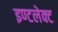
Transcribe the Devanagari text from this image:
इण्टलेक्ट